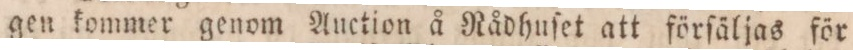
gen kommer genom Auction å Rådhuſet att förſäljas för